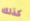
كذلك